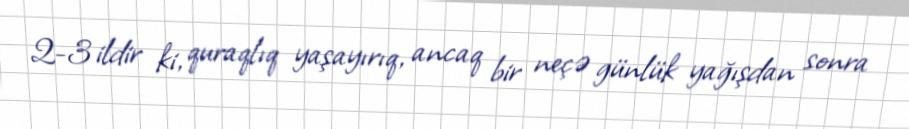
2-3 ildir ki, quraqlıq yaşayırıq, ancaq bir neçə günlük yağışdan sonra